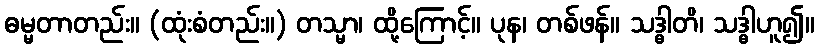
ဓမ္မတာတည်း။ (ထုံးစံတည်း။) တသ္မာ၊ ထို့ကြောင့်။ ပုန၊ တစ်ဖန်။ သဒ္ဓါတိ၊ သဒ္ဓါဟူ၍။